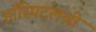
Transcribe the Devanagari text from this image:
हॉस्पिटलश्री